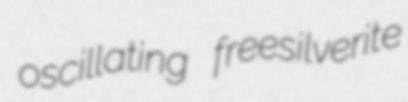
oscillating freesilverite